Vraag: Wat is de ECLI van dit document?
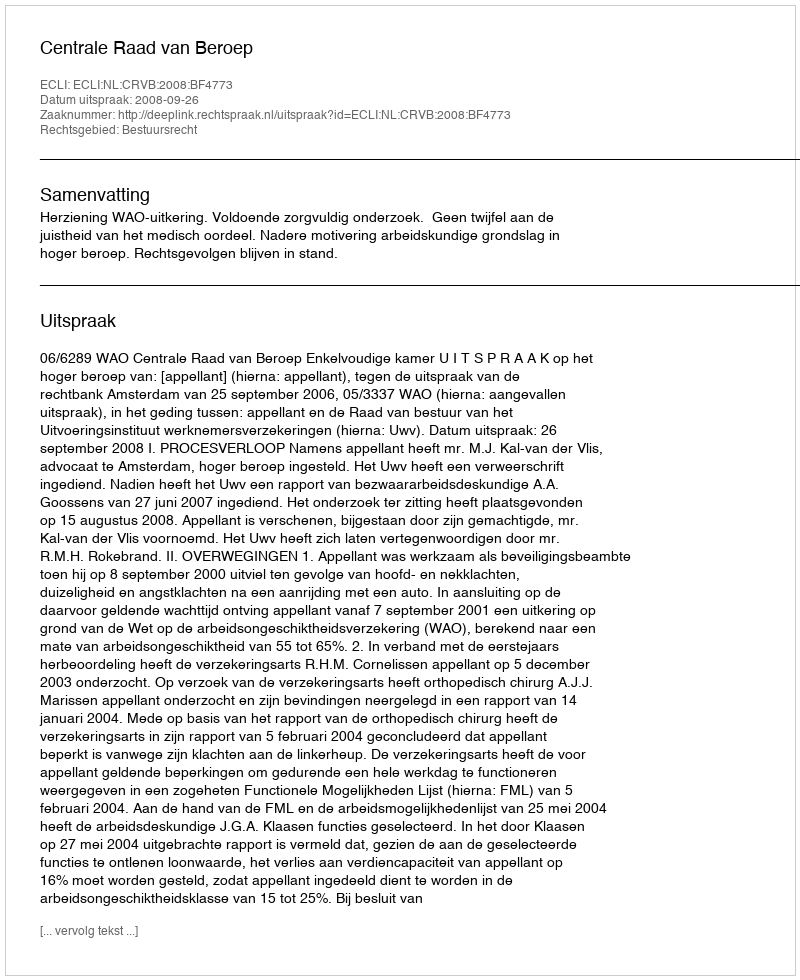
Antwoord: ECLI:NL:CRVB:2008:BF4773